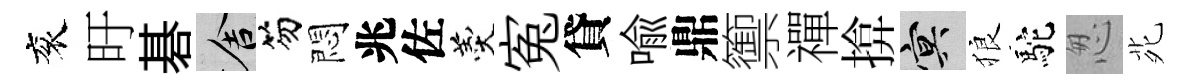
衮旴碁舍笏悶兆佐羹寃貸喻鼎籞禪揜冥狼駝怱𫟍